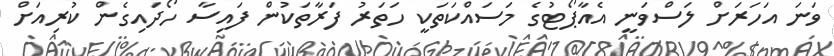
ވަނަ އަހަރަށް ލަސްވަނީ އެއާޕޯޓުގެ މަސައްކަތަކީ ހަތަރު ފަރާތަކުން ފައިސާ ހޯދައިގެން ކުރިއަށް